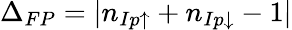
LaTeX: \Delta_{FP}=|n_{Ip\uparrow}+n_{Ip\downarrow}-1|